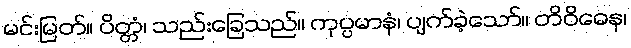
မင်းမြတ်။ ပိတ္တံ၊ သည်းခြေသည်။ ကုပ္ပမာနံ၊ ပျက်ခဲ့သော်။ တိဝိဓေန၊